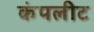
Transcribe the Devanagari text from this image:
कंपलीट